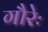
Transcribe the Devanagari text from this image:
गौरेः